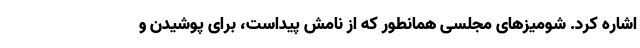
اشاره کرد. شومیزهای مجلسی همانطور که از نامش پیداست، برای پوشیدن و